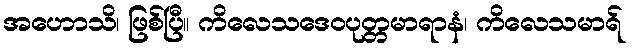
အဟောသိ၊ ဖြစ်ပြီ။ ကိလေသဒေဝပုတ္တမာရာနံ၊ ကိလေသမာရ်